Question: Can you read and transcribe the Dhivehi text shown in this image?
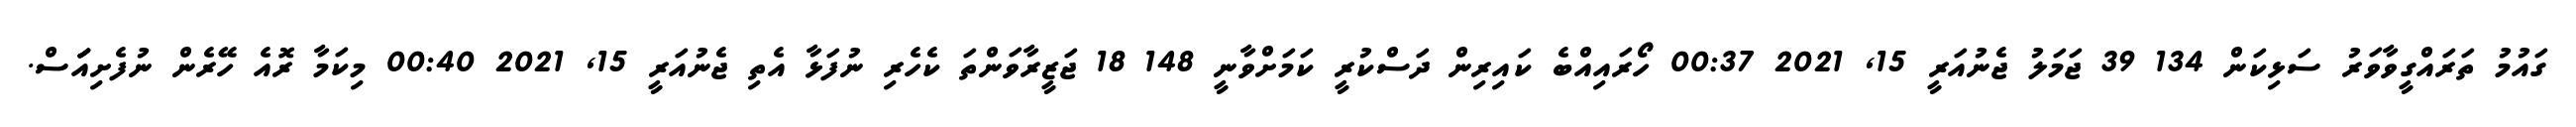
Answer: ގައުމު ތަރައްގީވާވަރު ސަޅިކަން 134 39 ޖަމަލު ޖެނުއަރީ 15, 2021 00:37 ހޯރައިއްބެ ކައިރިން ދަސްކުރީ ކަމަށްވާނީ 148 18 ޖަޒީރާވަންތަ ކެހެރި ނުފަޅާ އެތި ޖެނުއަރީ 15, 2021 00:40 މިކަމާ ރޮއެ ހޭރެން ނުފެށިއަަަސް.